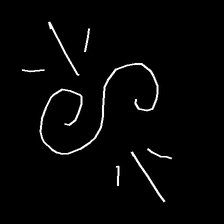
Glyph: wind-directs-air